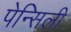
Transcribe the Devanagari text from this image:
पेन्सिली